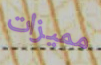
مميزات